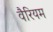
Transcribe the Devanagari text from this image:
वैरियम